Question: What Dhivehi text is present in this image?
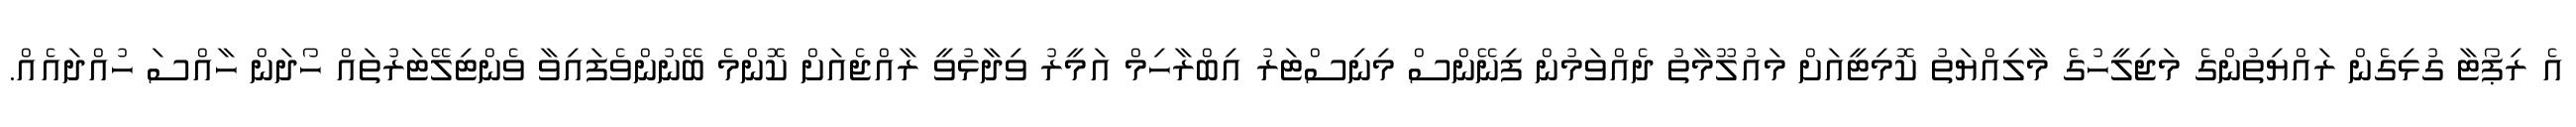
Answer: އެ ރިޕޯޓާ ގުޅިގެން ރައްޔިތުންގެ މަޖިލީހުގެ މާލިއްޔަތު ކޮމިޓީއަށް މައުލޫމާތު ދެއްވަމުން ފިނޭންސް މިނިސްޓަރު އިބްރާހިމް އަމީރު ވިދާޅުވީ ރާއްޖެއަށް ކޮންމެ ބޭނުންވެފައިވާ ވެންޓިލޭޓަރުތައް ހޯދަން ހާއްސަ ހުއްދައެއް.